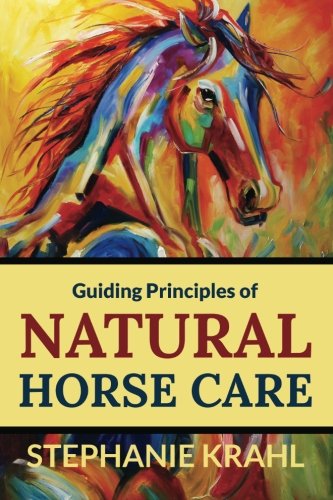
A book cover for Guiding Principles of Natural Horse Care: Powerful Concepts for a Healthy Horse; Stephanie Krahl; Medical Books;